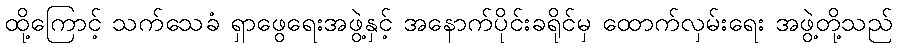
ထို့ကြောင့် သက်သေခံ ရှာဖွေရေးအဖွဲ့နှင့် အနောက်ပိုင်းခရိုင်မှ ထောက်လှမ်းရေး အဖွဲ့တို့သည်